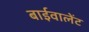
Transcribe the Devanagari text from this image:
बाईवालेंट